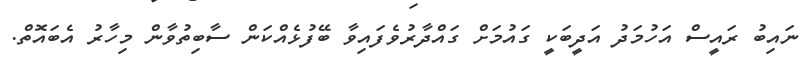
ނައިބު ރައީސް އަހުމަދު އަދީބަކީ ގައުމަށް ގައްދާރުވެފައިވާ ބޭފުޅެއްކަން ސާބިތުވާން މިހާރު އެބައޮތް.